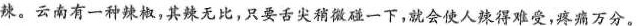
不辣。云南有一种辣椒，其辣无比，只要舌尖稍微碰一下，就会使人辣得难受，疼痛万分。